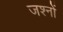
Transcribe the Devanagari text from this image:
जश्नों